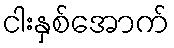
ငါးနှစ်အောက်